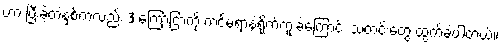
ဟာ ပြီးခဲ့တဲ့နှစ်ကလည်း 3 ကြော်ငြာကို ကင်မရာနဲ့ရိုက်ကူးခဲ့ကြောင်း သတင်းတွေ ထွက်ခဲ့ပါတယ်။